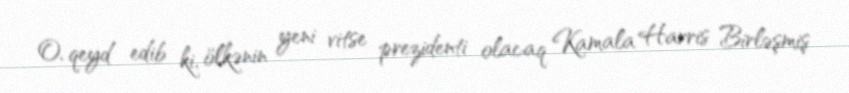
O, qeyd edib ki, ölkənin yeni vitse prezidenti olacaq Kamala Harris Birləşmiş